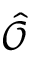
\hat { \mathcal { O } }